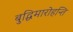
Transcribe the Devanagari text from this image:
बुद्धिमारोहन्ति